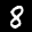
Label: 8